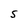
Character: S